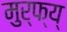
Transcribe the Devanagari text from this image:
मुर्फ्य्